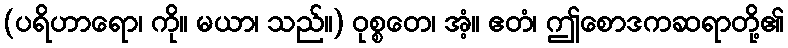
(ပရိဟာရော၊ ကို။ မယာ၊ သည်။) ဝုစ္စတေ၊ အံ့။ ဧတံ၊ ဤစောဒကဆရာတို့၏